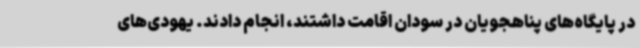
در پایگاه‌های پناهجویان در سودان اقامت داشتند، انجام دادند. یهودی‌های